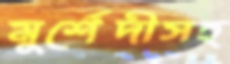
মুর্শেদীসহ